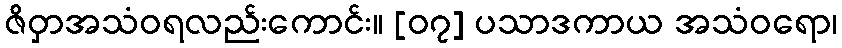
ဇိဝှာအသံဝရလည်းကောင်း။ [၀၇] ပသာဒကာယ အသံဝရော၊